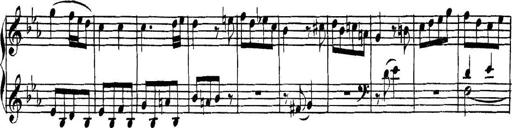
Title: Collected Piano Sonatas
Composer: Muzio Clementi